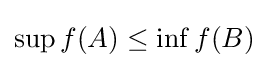
\sup f(A)\leq \inf f(B)